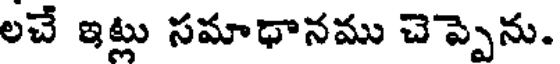
లచే ఇట్లు సమాధానము చెప్పెను.